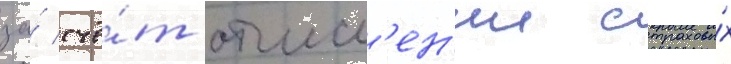
за́ счё́т отчисл'ен'ии страховы́х